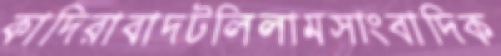
কাদিরাবাদটলিলামসাংবাদিক